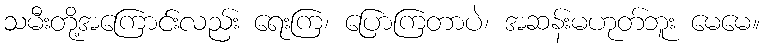
သမီးတို့အကြောင်းလည်း ရေးကြ၊ ပြောကြတာပဲ၊ အဆန်းမဟုတ်ဘူး မေမေ။